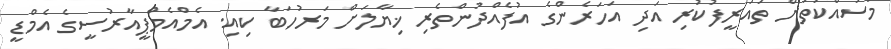
މަސައްކަތަށް ތައުރީފުކުރި އަދި އަހަރެންގެ އުފެއްދުންތެރި ޚިޔާލަށް މަރުހަބާ ކިއި. އެމްއެމްޕީއާރުސީގެ އެމްޑީ